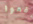
رفعوا